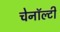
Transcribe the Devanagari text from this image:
चेनॉल्टी